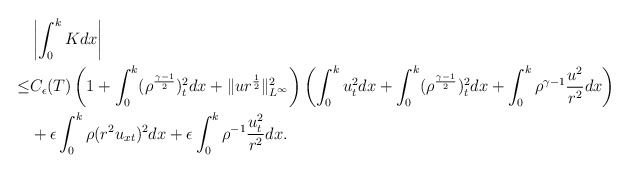
\begin{align*}\begin{aligned}&\left|\int_0^kKdx\right|\\\leq&C_\epsilon(T)\left(1+\int_0^k(\rho^{\frac{\gamma-1}{2}})_t^2dx+\|ur^{\frac{1}{2}}\|_{L^\infty}^2\right)\left(\int_0^ku_t^2dx+\int_0^k(\rho^{\frac{\gamma-1}{2}})_t^2dx+\int_0^k\rho^{\gamma-1}\frac{u^2}{r^2}dx\right)\\&+\epsilon\int_0^k\rho(r^2u_{xt})^2dx+\epsilon\int_0^k\rho^{-1}\frac{u_t^2}{r^2}dx.\end{aligned}\end{align*}